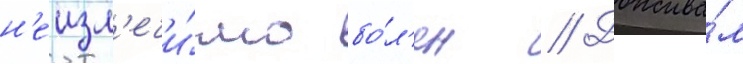
н'еизл'ечи́мо бо́л'ен // Дожива́л